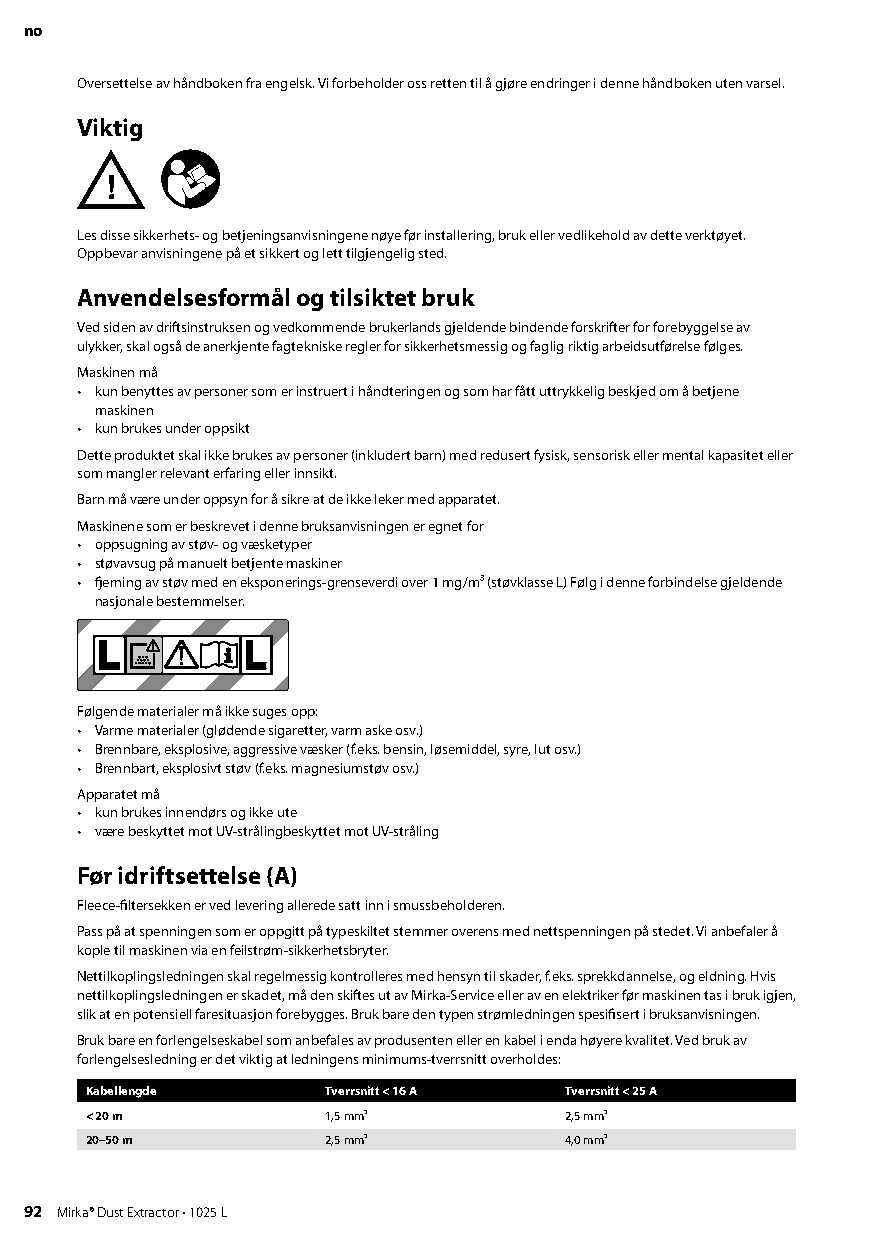
no
 Oversettelse av håndboken fra engelsk Vi forbeholder oss retten til å gjøre endringer i denne håndboken uten varsel
 Viktig
 Les disse sikkerhets- og betjeningsanvisningene nøye før installering, bruk eller vedlikehold av dette verktøyet
 Oppbevar anvisningene på et sikkert og lett tilgjengelig sted
 Anvendelsesformål og tilsiktet bruk
 Ved siden av driftsinstruksen og vedkommende brukerlands gjeldende bindende forskrifter for forebyggelse av
 ulykker, skal også de anerkjente fagtekniske regler for sikkerhetsmessig og faglig riktig arbeidsutførelse følges
 Maskinen må
 • kun benyttes av personer som er instruert i håndteringen og som har fått uttrykkelig beskjed om å betjene
 maskinen
 • kun brukes under oppsikt
 Dette produktet skal ikke brukes av personer (inkludert barn) med redusert fysisk, sensorisk eller mental kapasitet eller
 som mangler relevant erfaring eller innsikt
 Barn må være under oppsyn for å sikre at de ikke leker med apparatet
 Maskinene som er beskrevet i denne bruksanvisningen er egnet for
 • oppsugning av støv- og væsketyper
 • støvavsug på manuelt betjente maskiner
 • fjerning av støv med en eksponerings-grenseverdi over 1 mg/m³ (støvklasse L) Følg i denne forbindelse gjeldende
 nasjonale bestemmelser
 Følgende materialer må ikke suges opp:
 • Varme materialer (glødende sigaretter, varm aske osv )
 • Brennbare, eksplosive, aggressive væsker (f eks bensin, løsemiddel, syre, lut osv )
 • Brennbart, eksplosivt støv (f eks magnesiumstøv osv )
 Apparatet må
 • kun brukes innendørs og ikke ute
 • være beskyttet mot UV-strålingbeskyttet mot UV-stråling
 Før idriftsettelse (A)
 Fleece-filtersekken er ved levering allerede satt inn i smussbeholderen
 Pass på at spenningen som er oppgitt på typeskiltet stemmer overens med nettspenningen på stedet Vi anbefaler å
 kople til maskinen via en feilstrøm-sikkerhetsbryter
 Nettilkoplingsledningen skal regelmessig kontrolleres med hensyn til skader, f eks sprekkdannelse, og eldning Hvis
 nettilkoplingsledningen er skadet, må den skiftes ut av Mirka-Service eller av en elektriker før maskinen tas i bruk igjen,
 slik at en potensiell faresituasjon forebygges Bruk bare den typen strømledningen spesifisert i bruksanvisningen
 Bruk bare en forlengelseskabel som anbefales av produsenten eller en kabel i enda høyere kvalitet Ved bruk av
 forlengelsesledning er det viktig at ledningens minimums-tverrsnitt overholdes:
 Kabellengde     Tverrsnitt < 16 A Tverrsnitt < 25 A
 < 20 m          1,5 mm²        2,5 mm²
 20–50 m         2,5 mm²        4,0 mm²
 92 Mirka® Dust Extractor • 1025 L